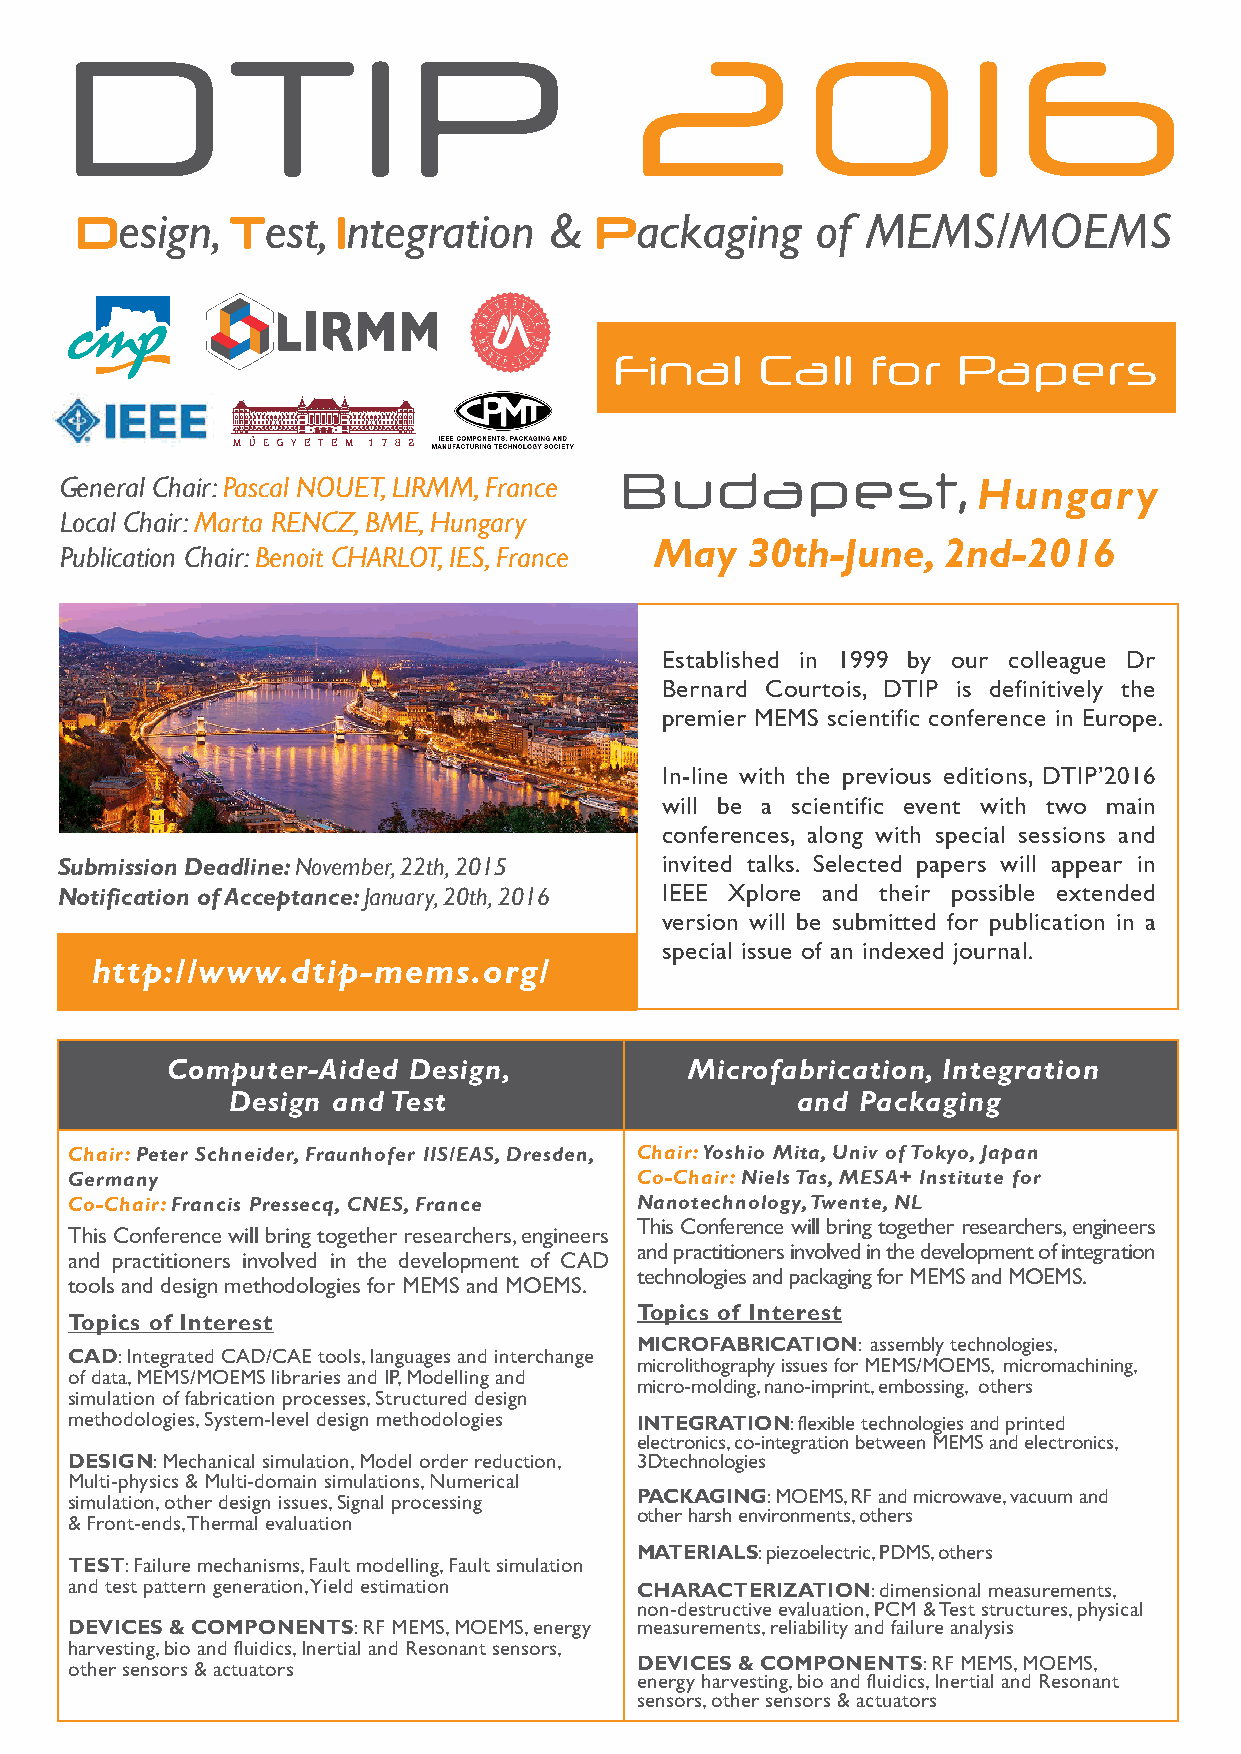
Design,   Test,  Integration   &  Packaging      of MEMS/MOEMS
 Final    Call    for  Papers
 General Chair: Pascal NOUET, LIRMM, France Budapest,         Hungary
 Local Chair: Marta RENCZ, BME, Hungary
 May    30th-June,   2nd-2016
 Publication Chair: Benoit CHARLOT, IES, France
 Established in 1999 by our colleague Dr
 Bernard Courtois, DTIP is definitively the
 premier MEMS scientific conference in Europe.
 In-line with the previous editions, DTIP’2016
 will be a scientific event with two main
 conferences, along with special sessions and
 Submission Deadline: November, 22th, 2015 invited talks. Selected papers will appear in
 Notification of Acceptance: January, 20th, 2016 IEEE Xplore and their possible extended
 version will be submitted for publication in a
 special issue of an indexed journal.
 http://www.dtip-mems.org/
 Computer-Aided  Design,            Microfabrication, Integration
 Design and Test                       and Packaging
 Chair: Peter Schneider, Fraunhofer IIS/EAS, Dresden, Chair: Yoshio Mita, Univ of Tokyo, Japan
 Germany                              Co-Chair: Niels Tas, MESA+ Institute for
 Co-Chair: Francis Pressecq, CNES, France Nanotechnology, Twente, NL
 This Conference will bring together researchers, engineers
 This Conference will bring together researchers, engineers
 and practitioners involved in the development of integration
 and practitioners involved in the development of CAD
 technologies and packaging for MEMS and MOEMS.
 tools and design methodologies for MEMS and MOEMS.
 Topics of Interest
 Topics of Interest
 MICROFABRICATION: assembly technologies,
 CAD: Integrated CAD/CAE tools, languages and interchange
 microlithography issues for MEMS/MOEMS, micromachining,
 of data, MEMS/MOEMS libraries and IP, Modelling and
 micro-molding, nano-imprint, embossing, others
 simulation of fabrication processes, Structured design
 methodologies, System-level design methodologies INTEGRATION: flexible technologies and printed
 electronics, co-integration between MEMS and electronics,
 DESIGN: Mechanical simulation, Model order reduction, 3Dtechnologies
 Multi-physics & Multi-domain simulations, Numerical
 simulation, other design issues, Signal processing PACKAGING: MOEMS, RF and microwave, vacuum and
 other harsh environments, others
 & Front-ends, Thermal evaluation
 MATERIALS: piezoelectric, PDMS, others
 TEST: Failure mechanisms, Fault modelling, Fault simulation
 and test pattern generation, Yield estimation CHARACTERIZATION: dimensional measurements,
 non-destructive evaluation, PCM & Test structures, physical
 DEVICES & COMPONENTS: RF MEMS, MOEMS, energy measurements, reliability and failure analysis
 harvesting, bio and fluidics, Inertial and Resonant sensors,
 other sensors & actuators            DEVICES & COMPONENTS: RF MEMS, MOEMS,
 energy harvesting, bio and fluidics, Inertial and Resonant
 sensors, other sensors & actuators